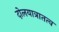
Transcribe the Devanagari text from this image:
दोलयात्रातत्व